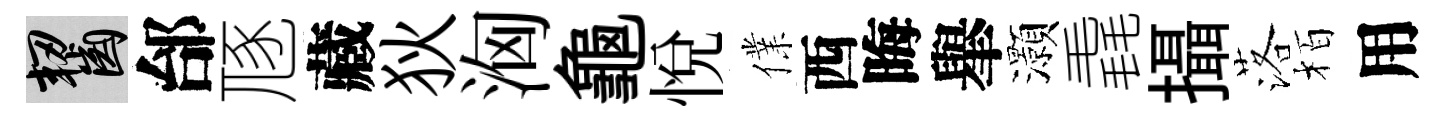
齧邰豗藏狄洶龜悦㒒西晦𦦙灝毳攝落栢用